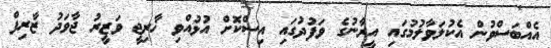
އެއްބަސްވުން އެކުލަވާލުމުގައި އީރާނުގެ ވަފުދުގައި އިސްކޮށް އުޅުއްވި ޚާރިޖީ ވަޒީރު ޖާވަދު ޒާރިފް